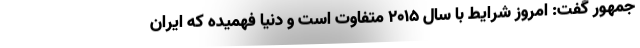
جمهور گفت: امروز شرایط با سال ۲۰۱۵ متفاوت است و دنیا فهمیده که ایران